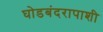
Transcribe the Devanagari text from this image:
घोडबंदरापाशी